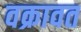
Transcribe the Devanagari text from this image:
वक्रावत